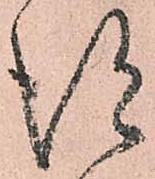
得